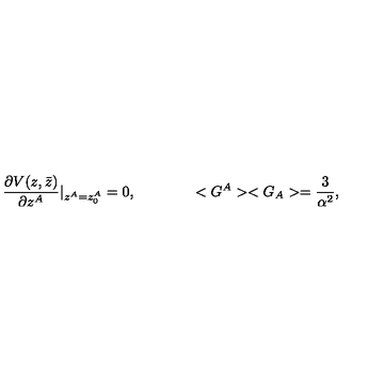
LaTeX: \frac { \partial V ( z , \bar { z } ) } { \partial z ^ { A } } \vert _ { z ^ { A } = z _ { 0 } ^ { A } } = 0 , \qquad \qquad < G ^ { A } > < G _ { A } > = \frac { 3 } { \alpha ^ { 2 } } ,